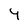
Character: 4